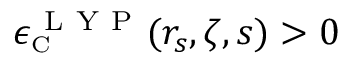
\epsilon _ { \scriptscriptstyle \mathrm { C } } ^ { \mathrm { ~ L ~ Y ~ P ~ } } ( r _ { s } , \zeta , s ) > 0